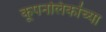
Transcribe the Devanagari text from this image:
कूपनलिकांच्या